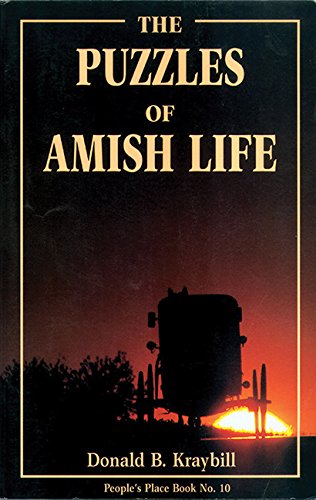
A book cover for The Puzzles of Amish Life (People's Place Book No. 10); Donald Kraybill; Christian Books & Bibles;